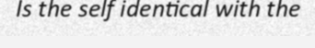
Is the self identical with the